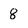
Character: 8